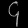
Digit: ၄